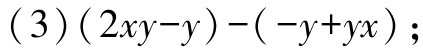
$(3)(2xy - y)-(-y + yx)$